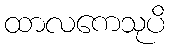
ထာလကေသုပိ